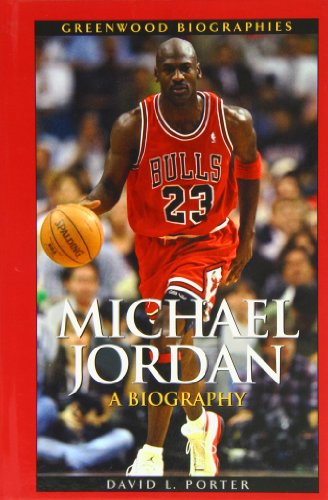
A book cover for Michael Jordan: A Biography (Greenwood Biographies); David L. Porter; Biographies & Memoirs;